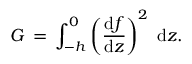
G \, = \, \int _ { - h } ^ { 0 } \left( { \frac { { \mathrm { d } } f } { { \mathrm { d } } z } } \right) ^ { 2 } \; { \mathrm { d } } z .